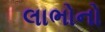
લાભોનો